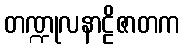
တဏ္ဍုလနာဠိဇာတက